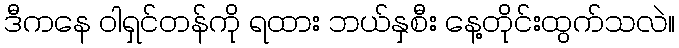
ဒီကနေ ဝါရှင်တန်ကို ရထား ဘယ်နှစီး နေ့တိုင်းထွက်သလဲ။